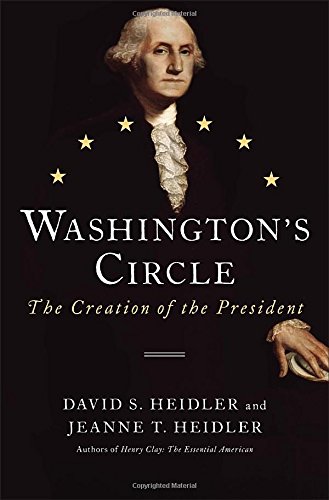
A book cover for Washington's Circle: The Creation of the President; David S. Heidler; History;